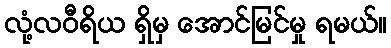
လုံ့လဝီရိယ ရှိမှ အောင်မြင်မှု ရမယ်။